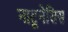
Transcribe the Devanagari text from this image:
नाटूनेसिस